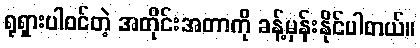
ရုရှားပါဝင်တဲ့ အတိုင်းအတာကို ခန့်မှန်းနိုင်ပါတယ်။